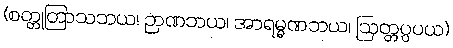
(စတ္တုတြာသဘယ၊ ဉာဏဘယ၊ အာရမ္မဏဘယ၊ ဩတ္တပ္ပပယ)